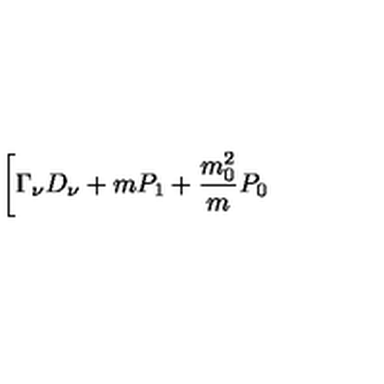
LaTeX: \biggl [ \Gamma _ { \nu } D _ { \nu } + m P _ { 1 } + \frac { m _ { 0 } ^ { 2 } } { m } P _ { 0 }